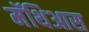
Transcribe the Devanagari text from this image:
मॅथिआस